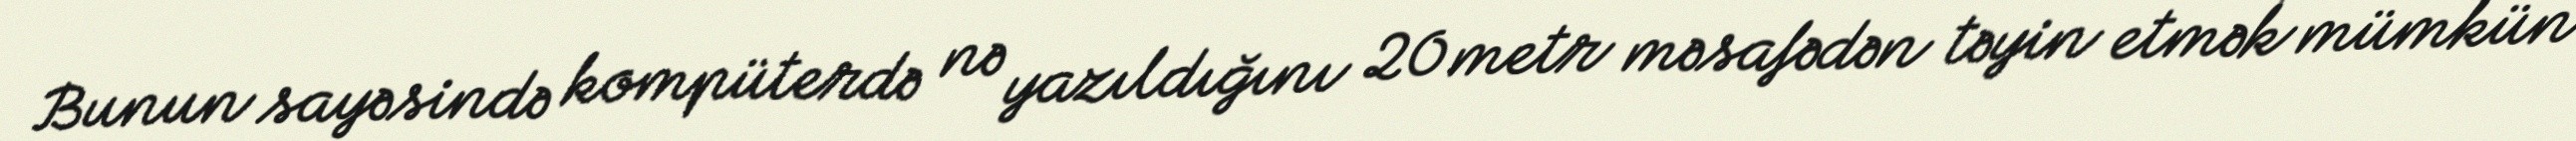
Bunun sayəsində kompüterdə nə yazıldığını 20 metr məsafədən təyin etmək mümkün